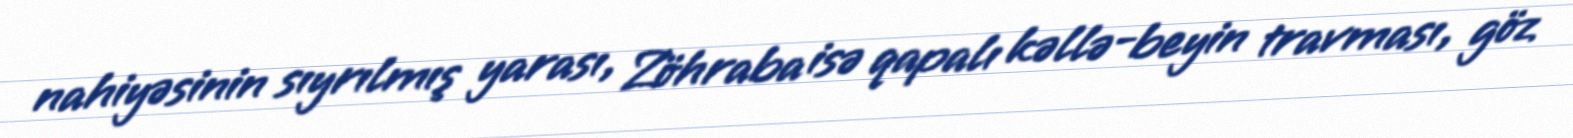
nahiyəsinin sıyrılmış yarası, Zöhraba isə qapalı kəllə-beyin travması, göz